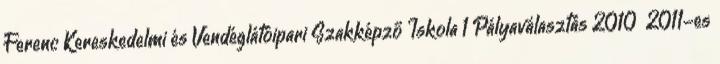
Ferenc Kereskedelmi és Vendéglátóipari Szakképző Iskola 1 Pályaválasztás 2010 2011-es